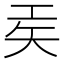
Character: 𫶬